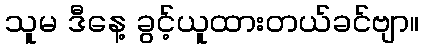
သူမ ဒီနေ့ ခွင့်ယူထားတယ်ခင်ဗျာ။